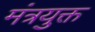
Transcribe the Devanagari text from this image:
मंत्रयुक्त